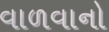
વાળવાનો